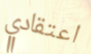
اعتقادي